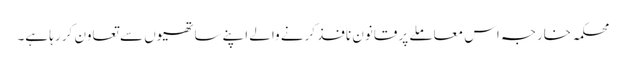
محکمہ خارجہ اس معاملے پر قانون نافذ کرنے والے اپنے ساتھیوں سے تعاون کر رہا ہے۔